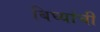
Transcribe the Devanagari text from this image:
बिघ्यांची